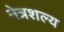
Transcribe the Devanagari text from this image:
नेत्रशल्य